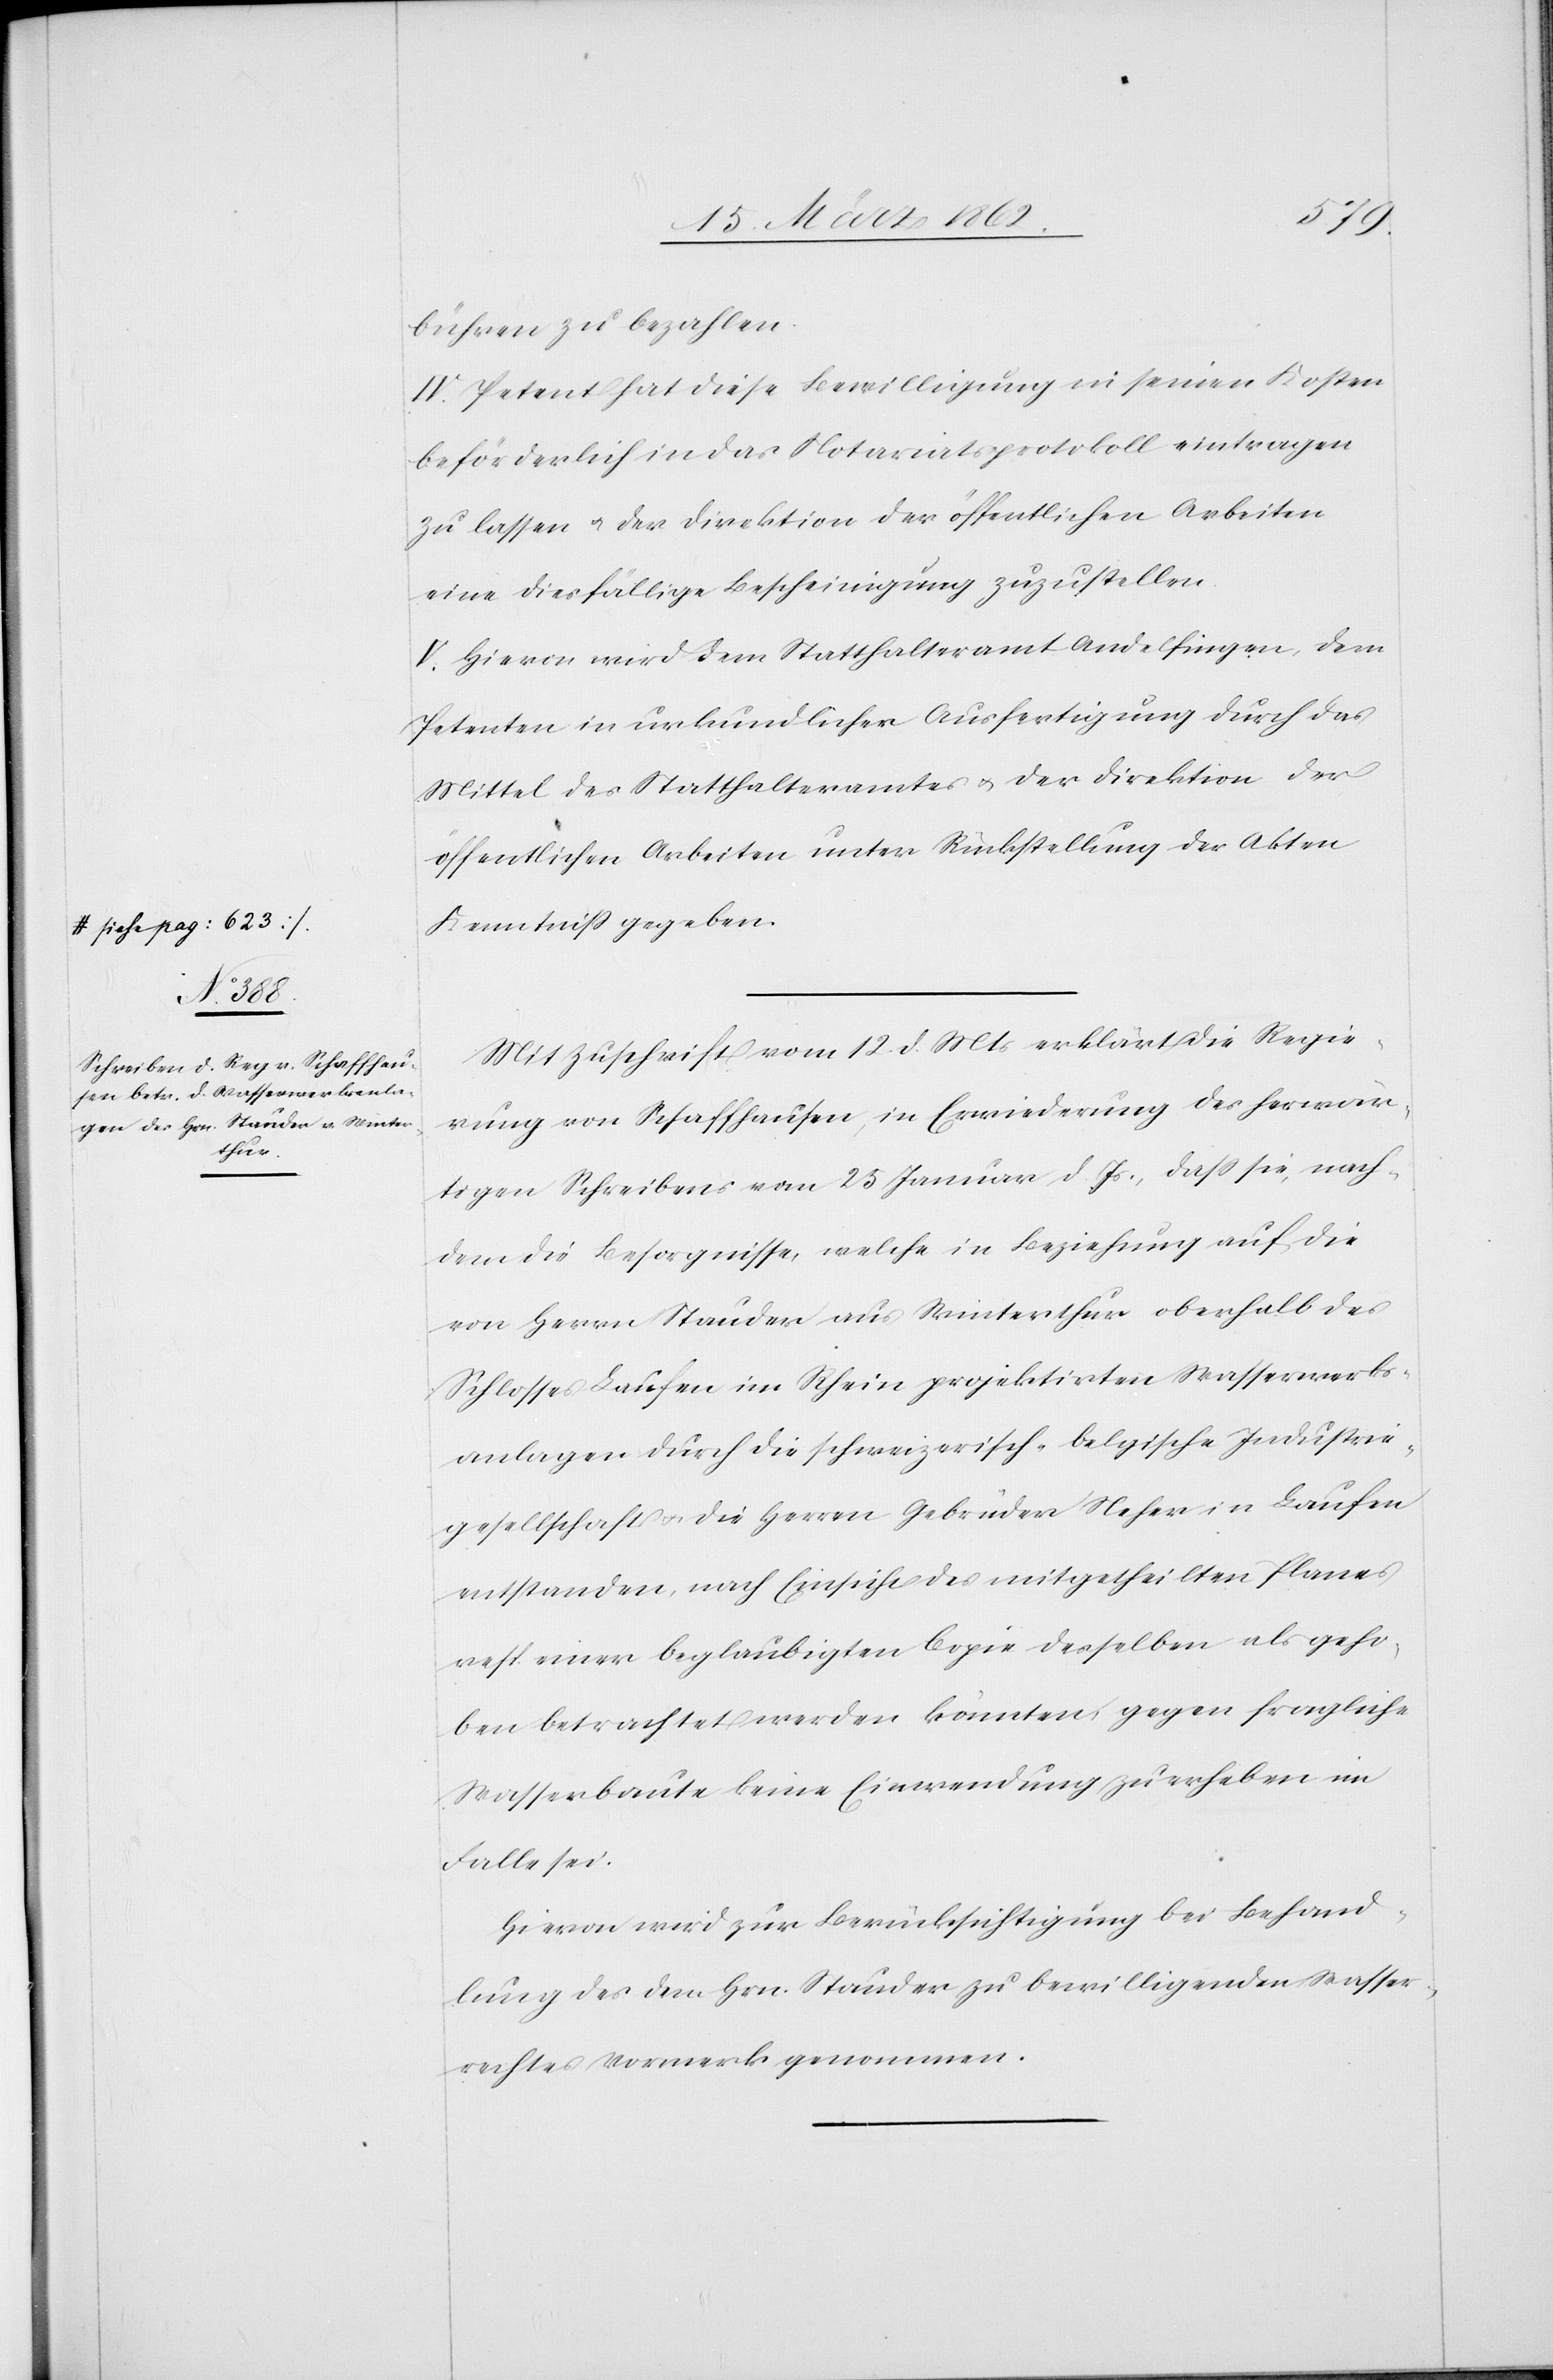
bühren zu bezahlen.
IV. Petent hat diese Bewilligung in seinen Kosten
beförderlich in das Notariatsprotokoll eintragen
zu lassen u. der Direktion der öffentlichen Arbeiten
eine diesfällige Bescheinigung zuzustellen.
V. Hievon wird dem Statthalteramt Andelfingen, dem
Petenten in urkundlicher Ausfertigung durch das
Mittel des Statthalteramtes u. der Direktion der
öffentlichen Arbeiten unter Rückstellung der Akten
Kenntniß gegeben.
Mit Zuschrift vom 12. d. Mts erklärt die Regie¬
rung von Schaffhausen, in Erwiederung des herwär¬
tigen Schreibens vom 25 Januar d. Js., daß sie, nach¬
dem die Besorgnisse, welche in Beziehung auf die
von Herrn Stauder aus Winterthur oberhalb des
Schlosses Laufen im Rhein projektirten Wasserwerks¬
anlagen durch die schweizerisch-belgische Industrie¬
gesellschaft u. die Herren Gebrüder Neher in Laufen
entstanden, nach Einsicht des mitgetheilten Planes
resp. einer beglaubigten Copie desselben als geho¬
ben betrachtet werden könnten, gegen fragliche
Wasserbaute keine Einwendung zu erheben im
Falle sei.
Hievon wird zur Berücksichtigung bei Behand¬
lung des dem Hrn. Stauder zu bewilligenden Wasser¬
rechtes Vormerk genommen.